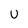
Character: u